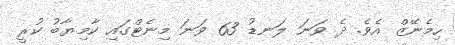
ހިމެނޭޒް އެވެ. ދެ ވަނަ ލަނޑު 63 ވަނަ މިނެޓްގައި ކާމިޔާބު ކުރީ